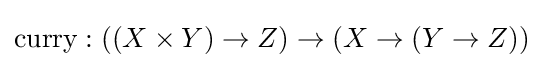
{\text{curry}}:((X\times Y)\to Z)\to (X\to (Y\to Z))